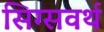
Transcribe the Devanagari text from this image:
सिग्सवर्थ